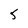
Character: 5